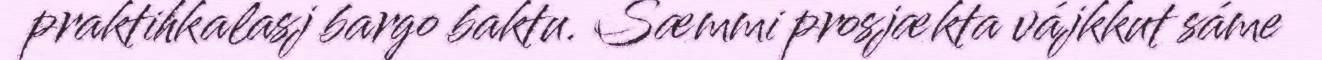
praktihkalasj bargo baktu. Sæmmi prosjækta vájkkut sáme